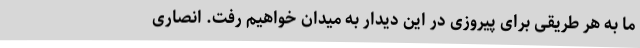
ما به هر طریقی برای پیروزی در این دیدار به میدان خواهیم رفت. انصاری